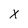
Character: X